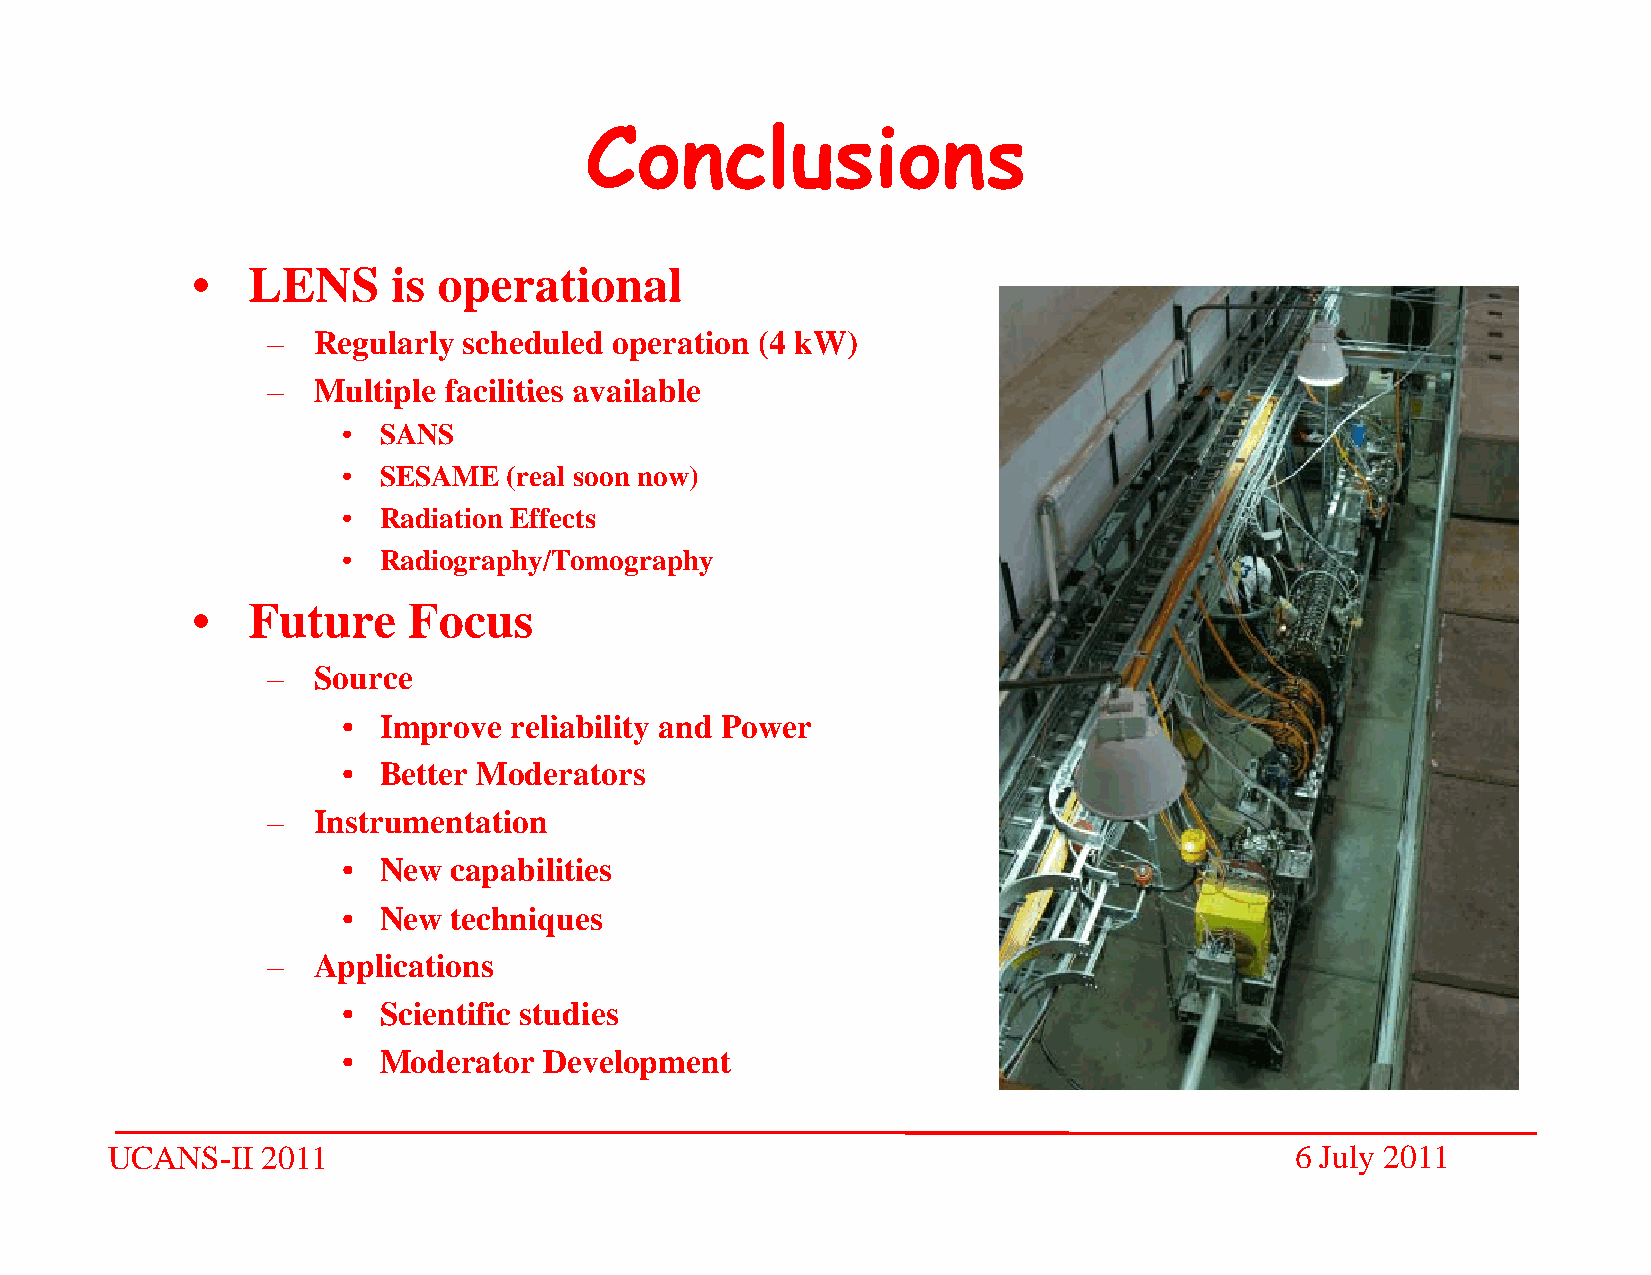
Conclusions
 •• LLEENNSS  iiss ooppeerraattiioonnaall
 –– RReegguullaarrllyy sscchheedduulleedd ooppeerraattiioonn ((44 kkWW))
 –– MMMMuuuullllttttiiiipppplllleeee ffffaaaacccciiiilllliiiittttiiiieeeessss aaaavvvvaaaaiiiillllaaaabbbblllleeee
 •• SSAANNSS
 •• SSEESSAAMMEE ((rreeaall ssoooonn nnooww))
 •• RRaaddiiaattiioonn EEffffeeccttss
 •• RRRRaaaaddddiiiiooooggggrrrraaaapppphhhhyy////TTTToooommmmooooggggrrrraaaapppphhhhyy
 •• FFuuttuurree FFooccuuss
 –– SSoouurrccee
 •• IIIImmpprroovvee rreelllliiiiaabbbbiiiilllliiiittttyy aanndddd PPPPoowweerr
 •• BBeetttteerr MMooddeerraattoorrss
 –– IInnssttrruummeennttaattiioonn
 •• NNNNeeeewwww ccccaaaappppaaaabbbbiiiilllliiiittttiiiieeeessss
 •• NNeeww tteecchhnniiqquueess
 –– AApppplliiccaattiioonnss
 •• SScciieennttiiffiicc ssttuuddiieess
 •• MMooddeerraattoorr DDeevveellooppmmeenntt
 UCANS-II  2011                                                                 6 July 2011